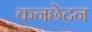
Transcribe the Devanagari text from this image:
कनछेदन